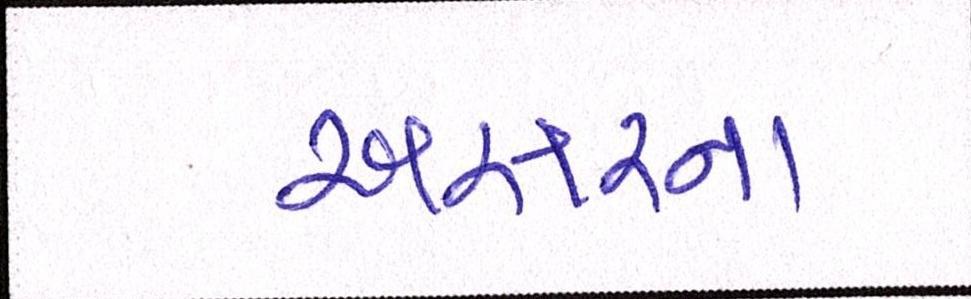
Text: અસરના